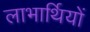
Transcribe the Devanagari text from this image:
लाभार्थियों